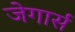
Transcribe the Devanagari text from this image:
जेगार्स